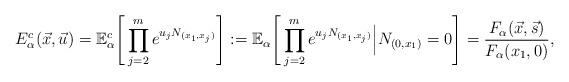
LaTeX: \begin{align*}E_{\alpha}^{c}(\vec{x},\vec{u}) = \mathbb{E}_{\alpha}^{c}\Bigg[ \prod_{j=2}^{m} e^{u_{j}N_{(x_{1},x_{j})}} \Bigg] := \mathbb{E}_{\alpha}\Bigg[ \prod_{j=2}^{m} e^{u_{j}N_{(x_{1},x_{j})}} \Big| N_{(0,x_{1})} = 0 \Bigg] =\frac{F_{\alpha}(\vec{x},\vec{s})}{F_{\alpha}(x_{1},0)},\end{align*}